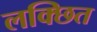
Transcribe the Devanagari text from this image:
लक्छित